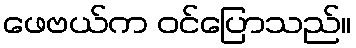
ဖေဗယ်က ဝင်ပြောသည်။